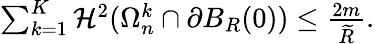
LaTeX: \begin{array}{r}{\sum_{k=1}^{K}\mathcal H^{2}(\Omega_{n}^{k}\cap\partial B_{R}(0))\leq{\frac{2m}{\widetilde R}}.}\end{array}